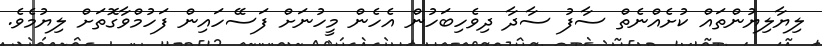
ލިޔާލިޔުންތައް ކުށެއްނެތް ސާފު ސާދާ ދިވެހިބަހުން އެހެން މީހުނަށް ފަސޭހައިން ފަހުމްވާގޮތަށް ލިޔުމެވެ.